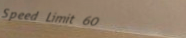
Speed Limit 60